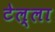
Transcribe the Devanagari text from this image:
टेल्ला